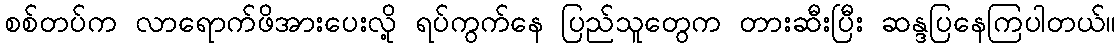
စစ်တပ်က လာရောက်ဖိအားပေးလို့ ရပ်ကွက်နေ ပြည်သူတွေက တားဆီးပြီး ဆန္ဒပြနေကြပါတယ်။